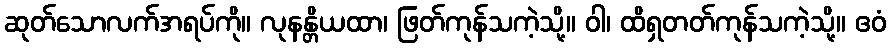
ဆုတ်သောလက်အရပ်ကို။ လုနန္တိယထာ၊ ဖြတ်ကုန်သကဲ့သို့။ ဝါ၊ ထိရှတတ်ကုန်သကဲ့သို့။ ဧဝံ